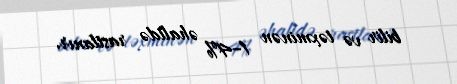
bilir və təxminən 1–4% əhalidə rastlanır.